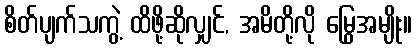
စိတ်ပျက်သကွဲ့ ထိဖို့ဆိုလျှင်, အမိတို့လို မြွေအမျိုး။